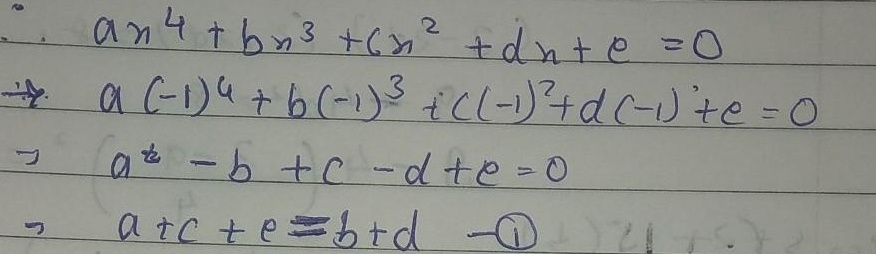
\[
\begin{align*}
ax^{4}+bx^{3}+cx^{2}+dx + e&=0\\
a(-1)^{4}+b(-1)^{3}+c(-1)^{2}+d(-1)+e&=0\\
a - b + c - d + e&=0\\
a + c + e&=b + d \quad \textcircled{1}
\end{align*}
\]